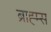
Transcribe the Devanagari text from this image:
ब्राह्म्स